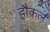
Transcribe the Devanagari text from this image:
हौक़ल